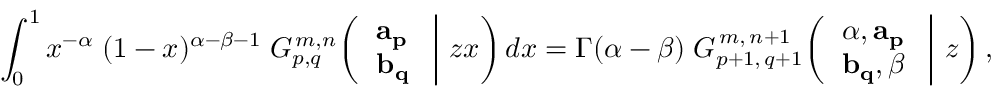
\int _ { 0 } ^ { 1 } x ^ { - \alpha } \; ( 1 - x ) ^ { \alpha - \beta - 1 } \; G _ { p , q } ^ { \, m , n } \! \left( \left. { \begin{array} { l } { \mathbf { a _ { p } } } \\ { \mathbf { b _ { q } } } \end{array} } \; \right| \, z x \right) d x = \Gamma ( \alpha - \beta ) \; G _ { p + 1 , \, q + 1 } ^ { \, m , \, n + 1 } \! \left( \left. { \begin{array} { l } { \alpha , \mathbf { a _ { p } } } \\ { \mathbf { b _ { q } } , \beta } \end{array} } \; \right| \, z \right) ,